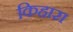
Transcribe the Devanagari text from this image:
किहारा